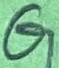
Text: G